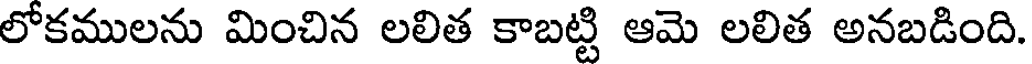
లోకములను మించిన లలిత కాబట్టి ఆమె లలిత అనబడింది.